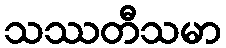
သဿတီသမာ